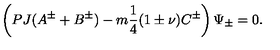
\left( P J ( A ^ { \pm } + B ^ { \pm } ) - m \frac { 1 } { 4 } ( 1 \pm \nu ) C ^ { \pm } \right) \Psi _ { \pm } = 0 .